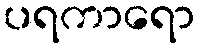
ပရကာရော